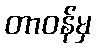
တာဝန်မှ